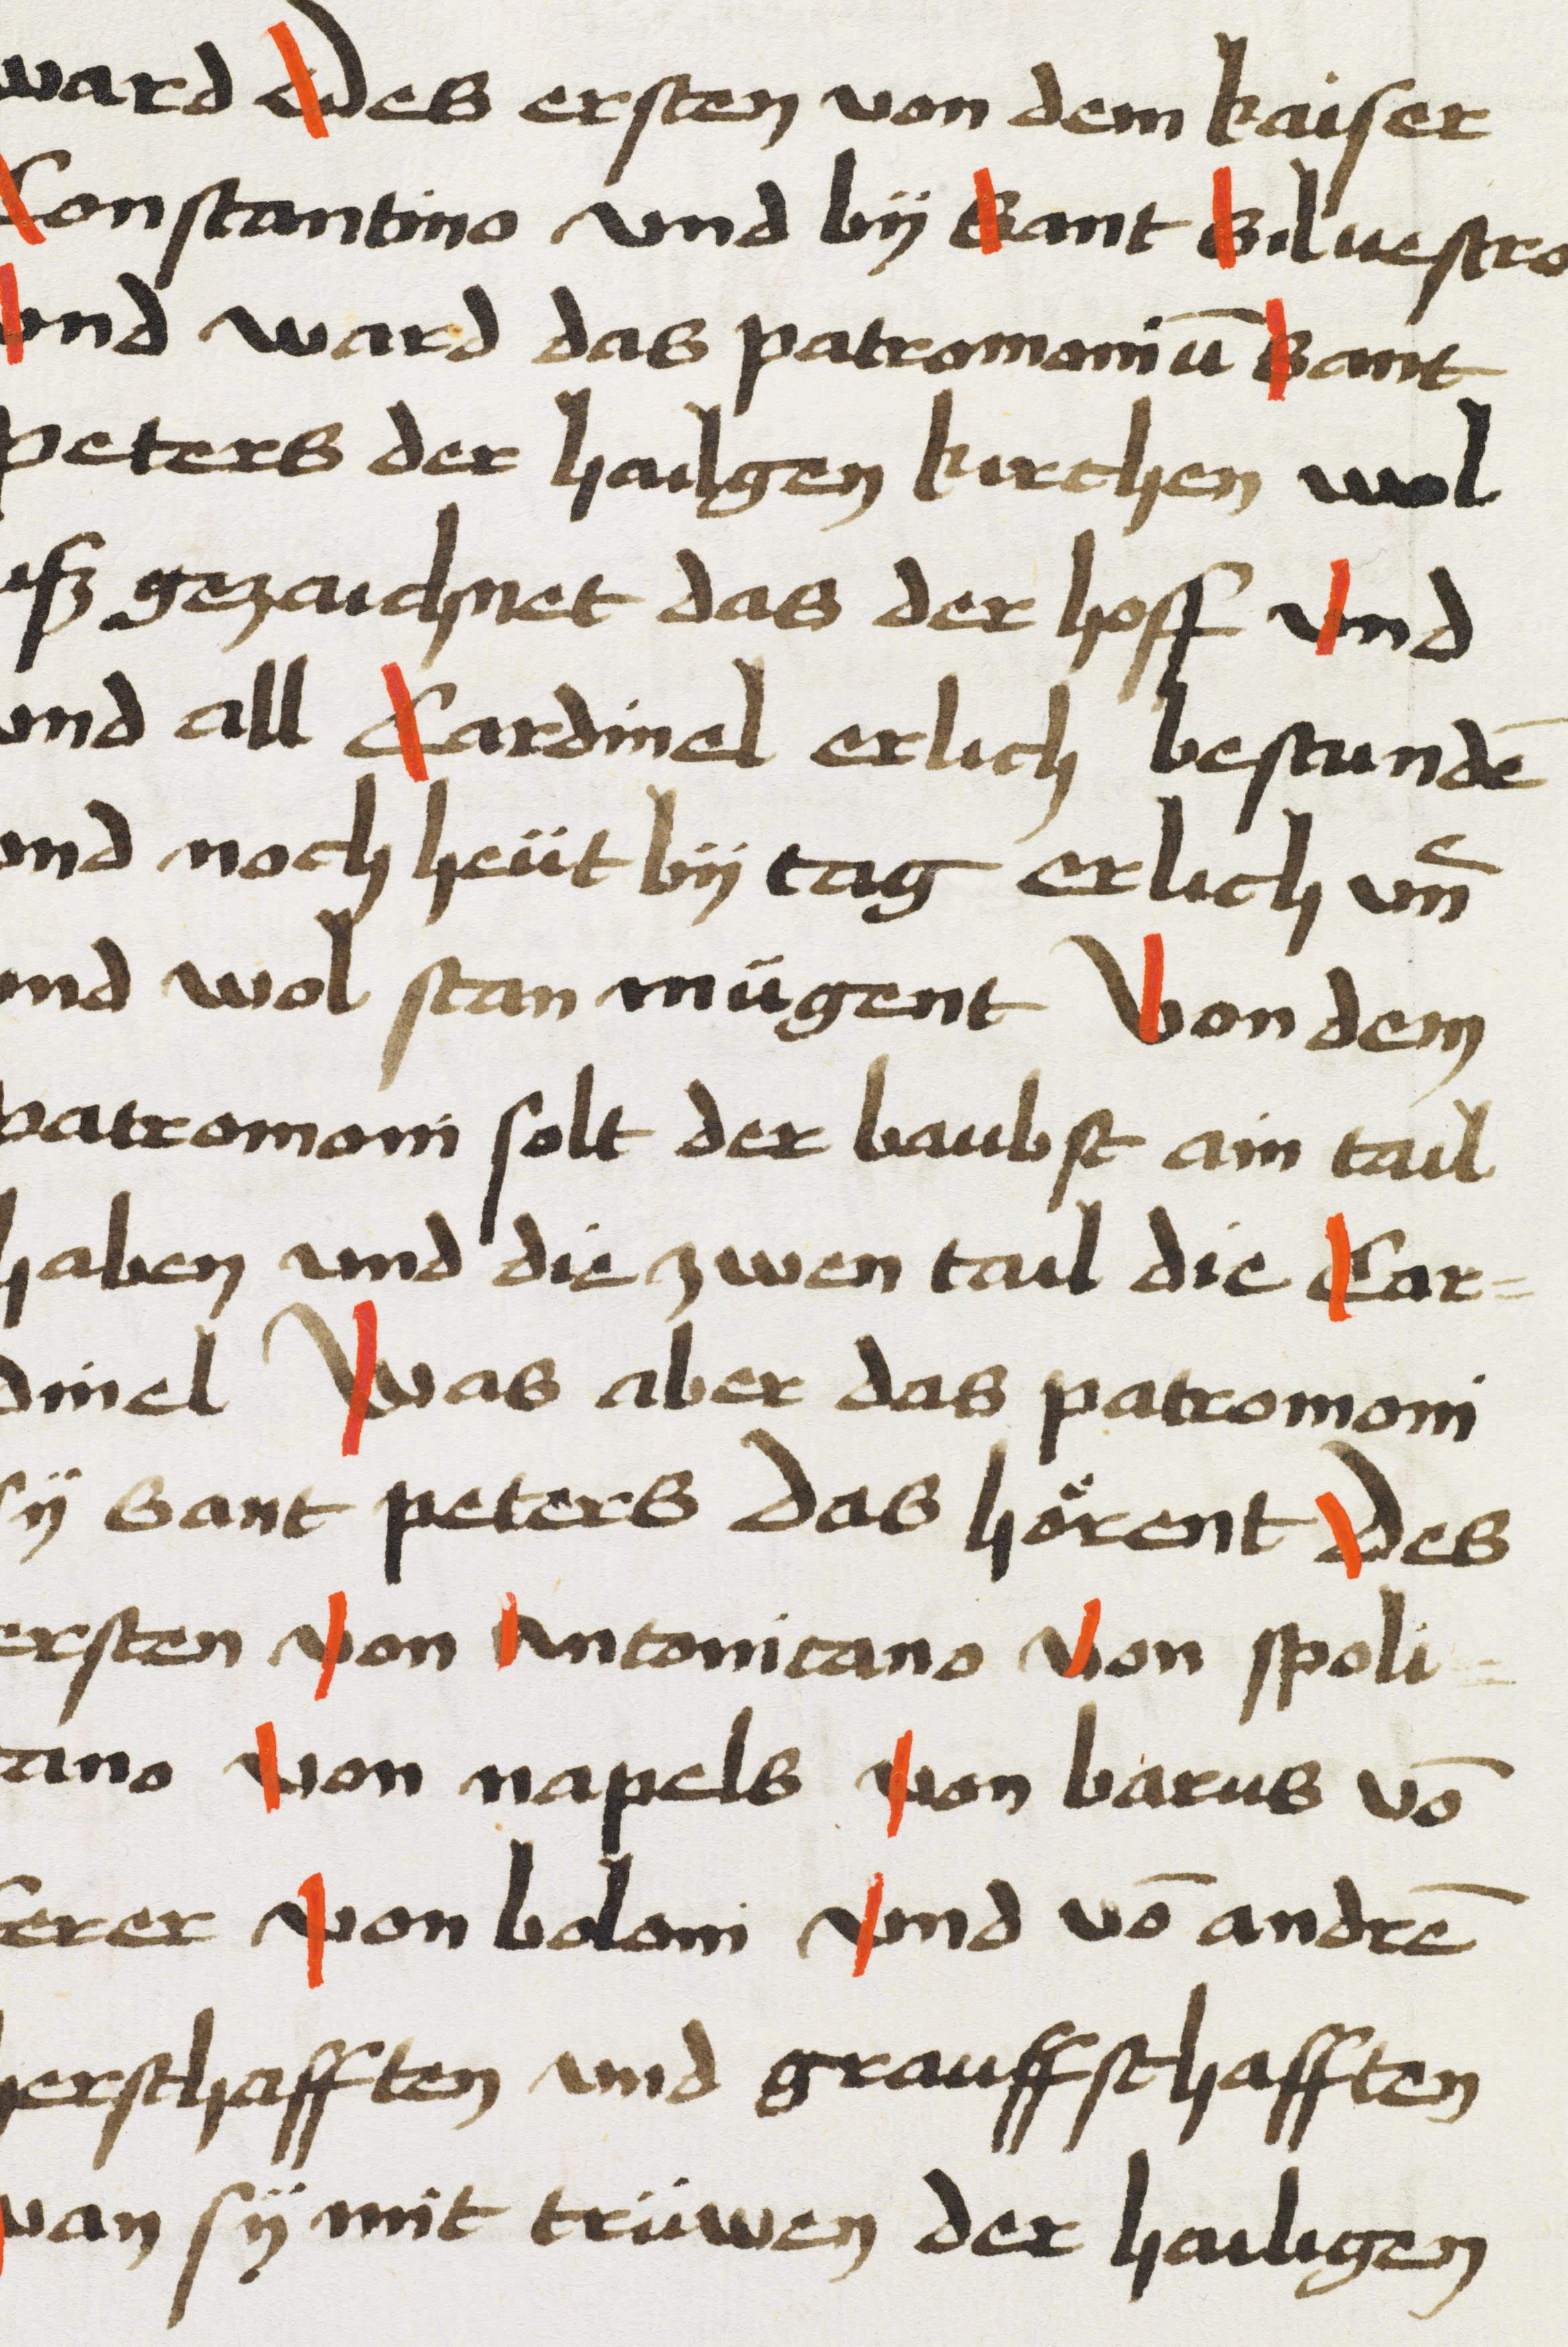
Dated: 1469–1469